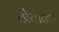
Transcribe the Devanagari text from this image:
ठोठावणे